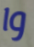
وا